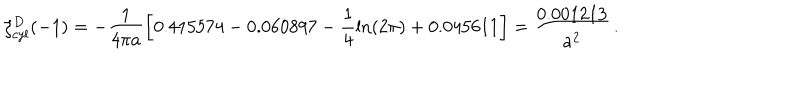
\zeta _ { c y l } ^ { D } ( - 1 ) = - \frac { 1 } { 4 \pi a } \left[ 0 . 4 1 5 5 7 4 - 0 . 0 6 0 8 9 7 - \frac { 1 } { 4 } \ln ( 2 \pi ) + 0 . 0 4 5 6 1 1 \right] = \frac { 0 . 0 0 1 2 1 3 } { a ^ { 2 } } \, { . }